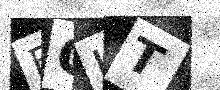
Text: BOUT